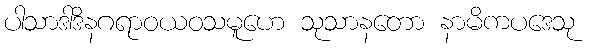
ပါသာဒါဒိနဂရာဝယဝသမူဟေ သုသာနတော နာမိကပဒေသု